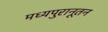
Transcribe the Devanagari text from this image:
मध्यपुरानूतन